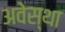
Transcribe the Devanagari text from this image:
अवेस्था